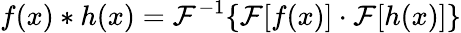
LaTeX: f(x)\ast h(x)=\mathcal{F}^{-1}\{ \mathcal{F}[f(x)]\cdot\mathcal{F}[h(x)]\}